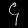
Digit: ၄